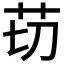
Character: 苆